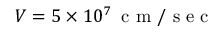
V = 5 \times 1 0 ^ { 7 } \, \mathrm { ~ c ~ m ~ / ~ s ~ e ~ c ~ }